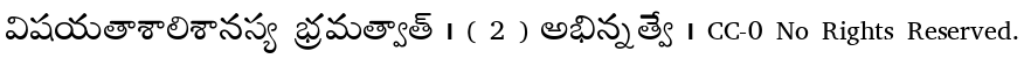
విషయతాశాలిశానస్య భ్రమత్వాత్ । ( 2 ) అభిన్నత్వే । CC-0 No Rights Reserved.